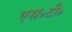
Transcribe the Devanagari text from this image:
एस॰टी॰